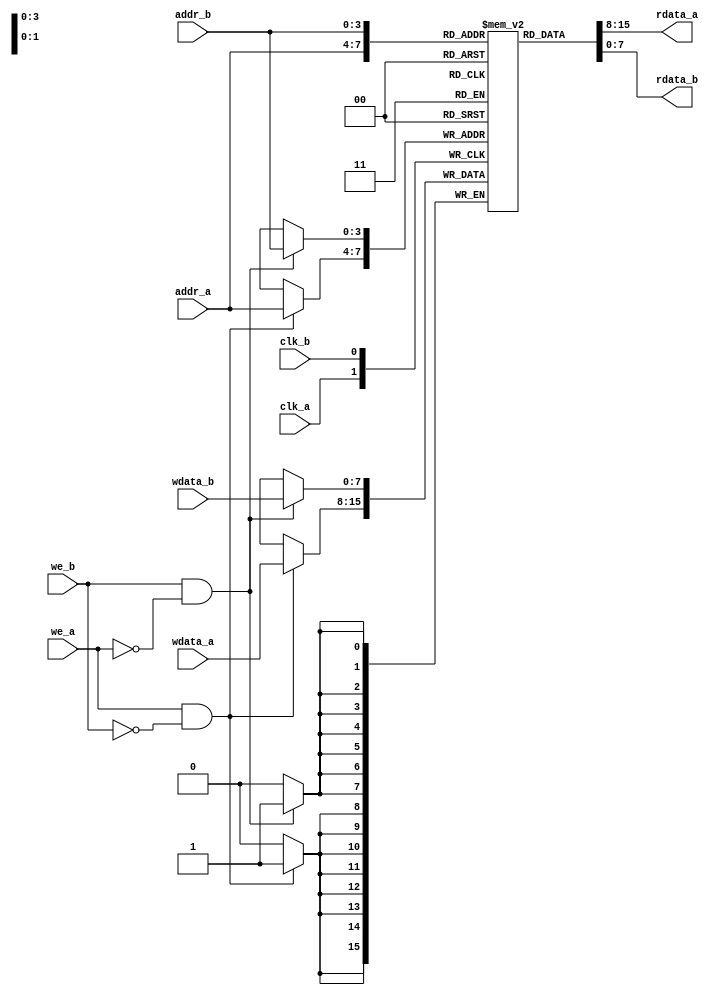

///////////////////////////////////////////
// Dual port RAM
///////////////////////////////////////////
// Description:
// - Dual port RAM w/o output register
// - Output data is available within the same clock cycle as address
// - Will synthesize to a register based RAM (slow and big compared to SRAM)
// - Can be used as behavorial model for a real SRAM
// - INFO: no write is performed if both we_a and we_b are high! Modify code if this behaviour does not suit your application.
///////////////////////////////////////////

`timescale 10 fs / 1 fs

module dual_port_ram (
	clk_a,		// Port A clock
	addr_a,		// Port A address
	wdata_a,	// Port A write data
	rdata_a,	// Port A read data
	we_a,		// Port A write enable (active high)
	clk_b,		// Port B clock
	addr_b,		// Port B address
	wdata_b,	// Port B write data
	rdata_b,	// Port B read data
	we_b		// Port B write enable (active high)
);

// ----------------------------------------
// PARAMETERS
// ----------------------------------------

parameter WIDTH = 8;	// Bit-width of wdata and rdata
parameter DEPTHBIT = 4;	// Memory depth = 2^DEPTHBIT

localparam DEPTH = 2**DEPTHBIT;	// Depth of the memory

// ----------------------------------------
// PORTS
// ----------------------------------------

// Inputs:
// Port A:
input clk_a;
input [DEPTHBIT-1:0] addr_a;
input [WIDTH-1:0] wdata_a;
input we_a;
// Port B:
input clk_b;
input [DEPTHBIT-1:0] addr_b;
input [WIDTH-1:0] wdata_b;
input we_b;

// Outputs:
output wire [WIDTH-1:0] rdata_a;
output wire [WIDTH-1:0] rdata_b;

// ----------------------------------------
// SIGNALS
// ----------------------------------------

reg [WIDTH-1:0] ram [DEPTH-1:0];	// The memory

// ----------------------------------------
// PROCESSES
// ----------------------------------------

assign rdata_a = ram[addr_a];	// Read on port A
assign rdata_b = ram[addr_b];	// Read on port B

// Write on port A:
always @(posedge clk_a) begin
	if (we_a & !we_b) begin
		ram[addr_a] <= wdata_a;
	end
end

// Write on port B:
always @(posedge clk_b) begin
	if (we_b & !we_a) begin
		ram[addr_b] <= wdata_b;
	end
end

endmodule